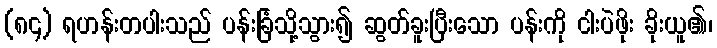
(၈၄) ရဟန်းတပါးသည် ပန်းခြံသို့သွား၍ ဆွတ်ခူးပြီးသော ပန်းကို ငါးပဲဖိုး ခိုးယူ၏၊